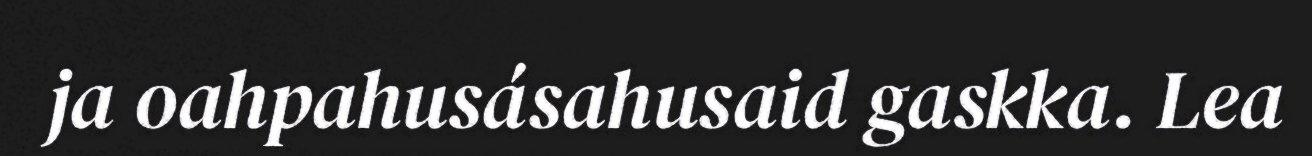
ja oahpahusásahusaid gaskka. Lea